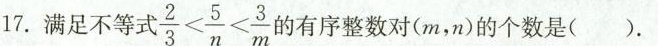
17.满足不等式 $$\frac{2}{3}< \frac{5}{n}< \frac{3}{m}$$ 的有序整数对(m，x)的个数是()。